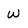
Character: w